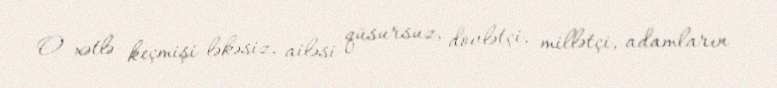
O xətlə keçmişi ləkəsiz, ailəsi qüsursuz, dovlətçi, millətçi, adamların